Bréfritari: Sigríður Pálsdóttir
Viðtakandi: Páll Pálsson
Dagsetning: A-1841-03-07
Skrifað á: Síðumúla  Mýr.
Páll var bróðir Sigríðar

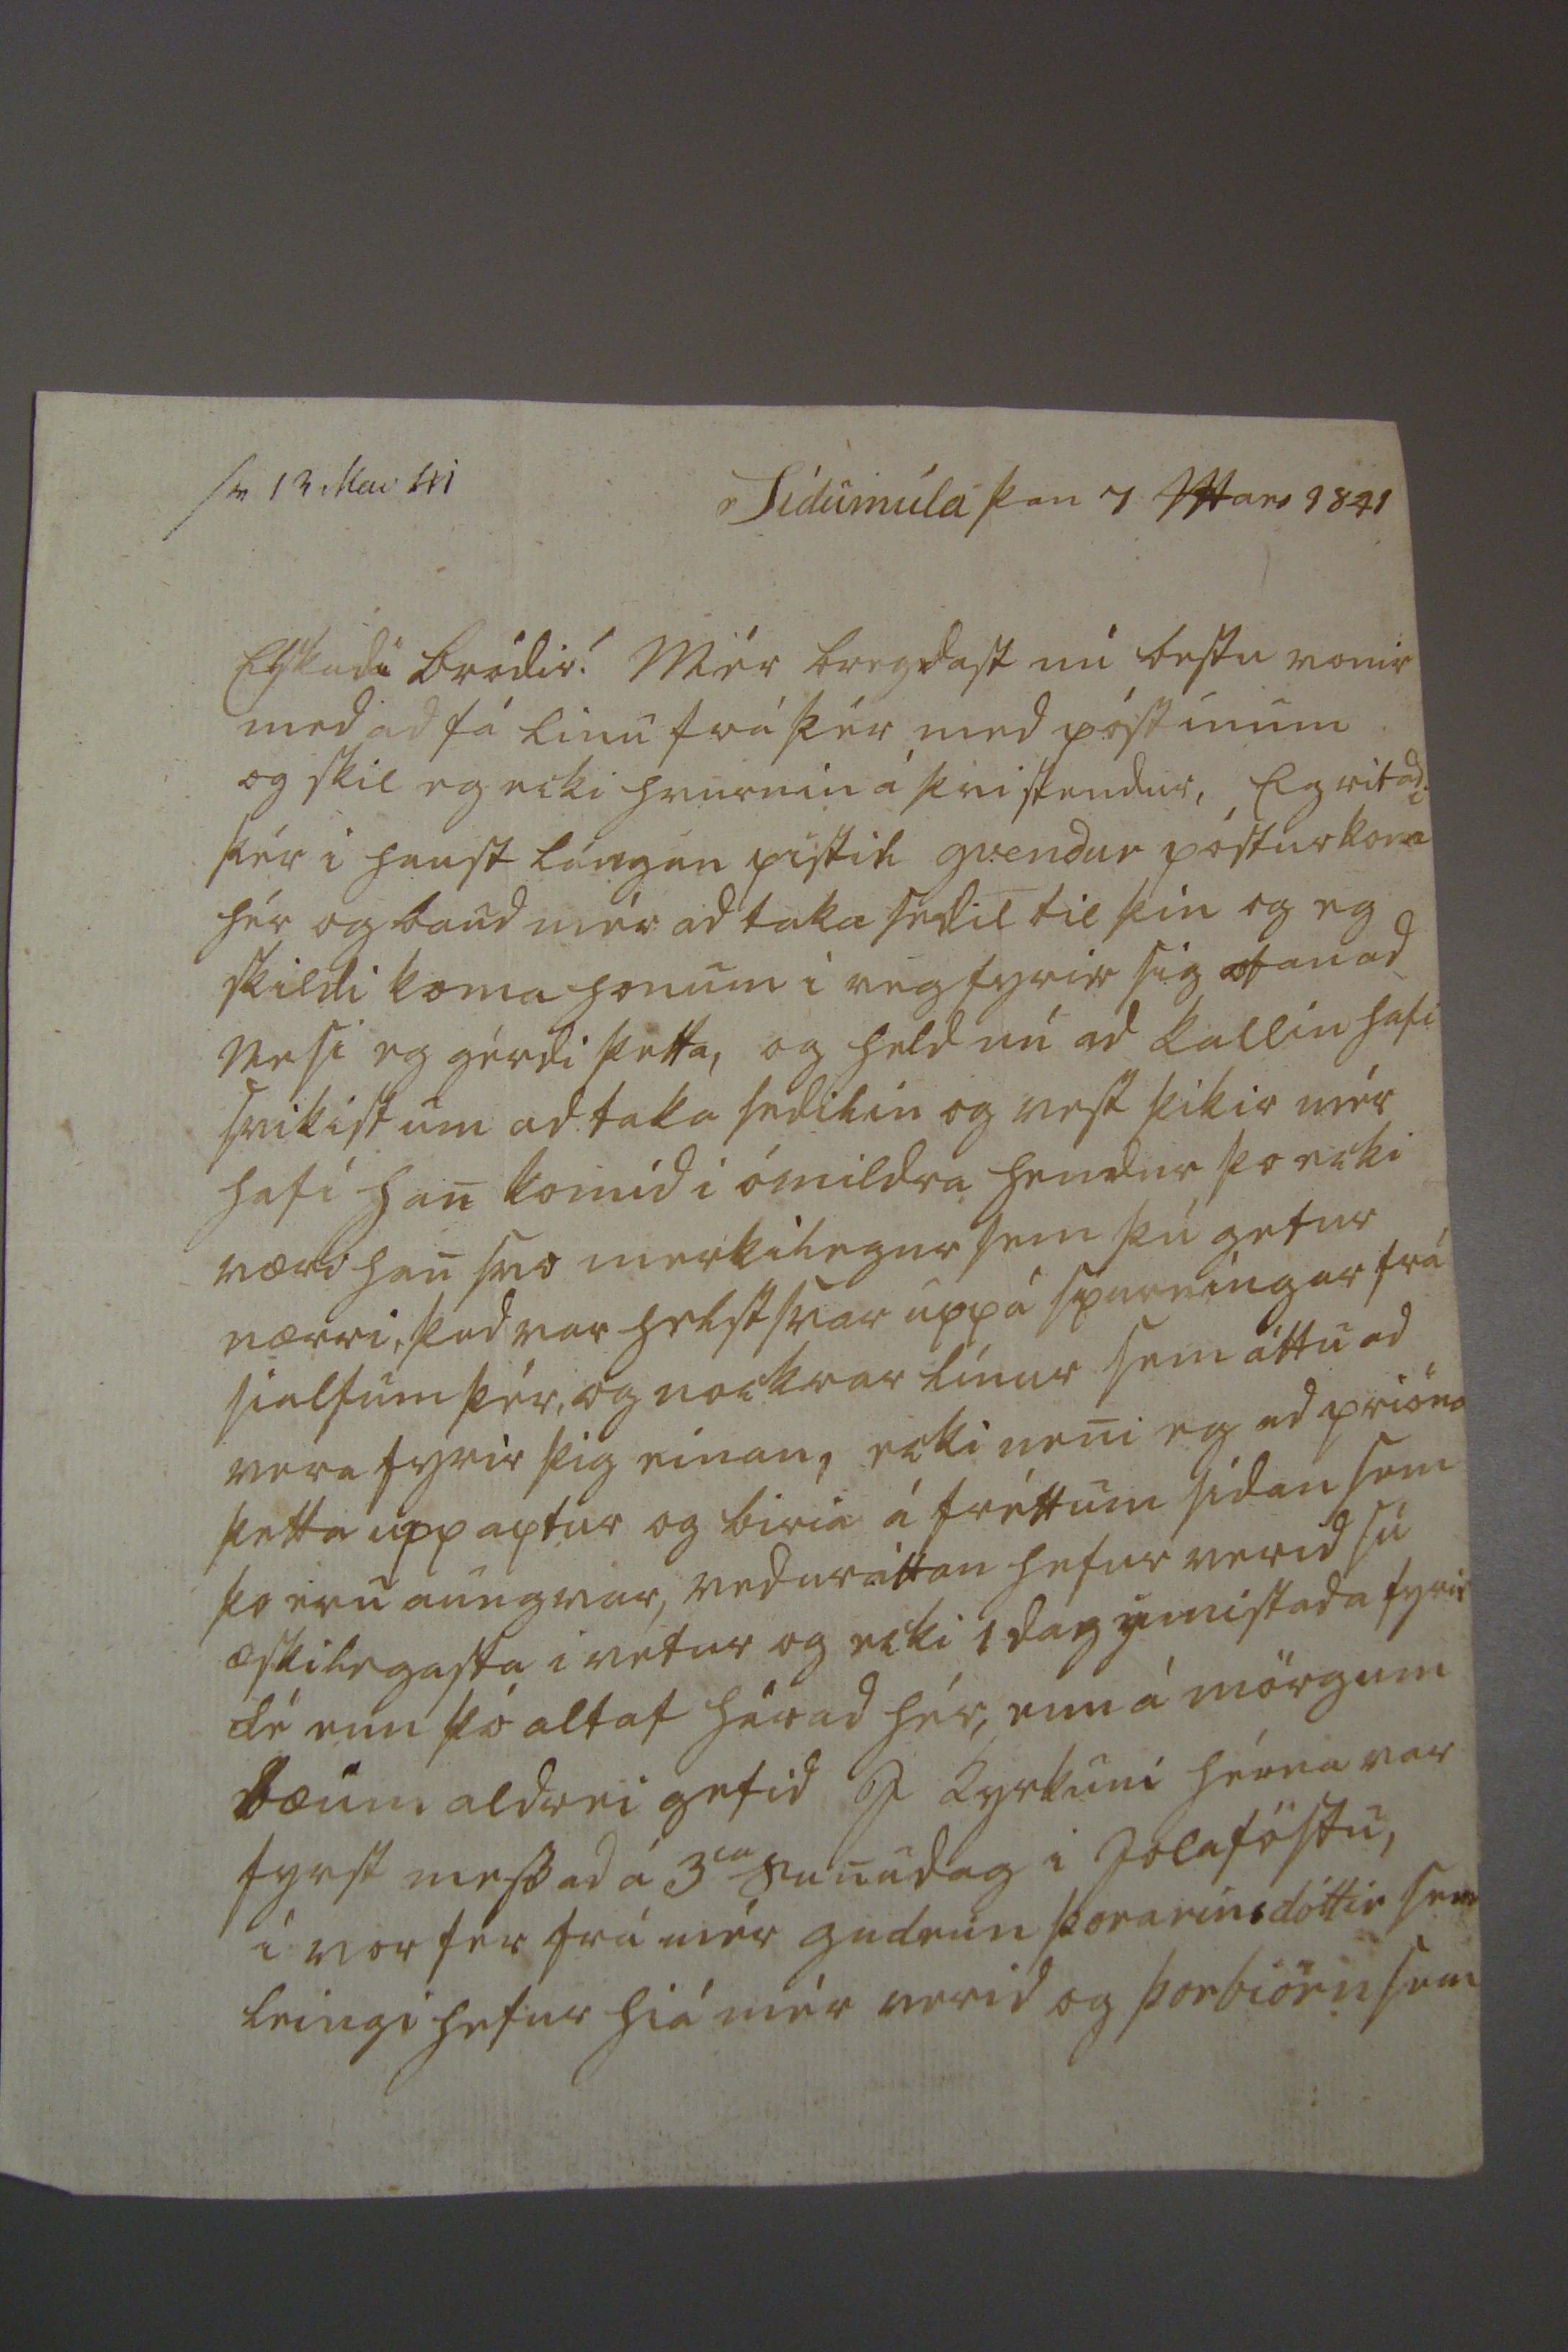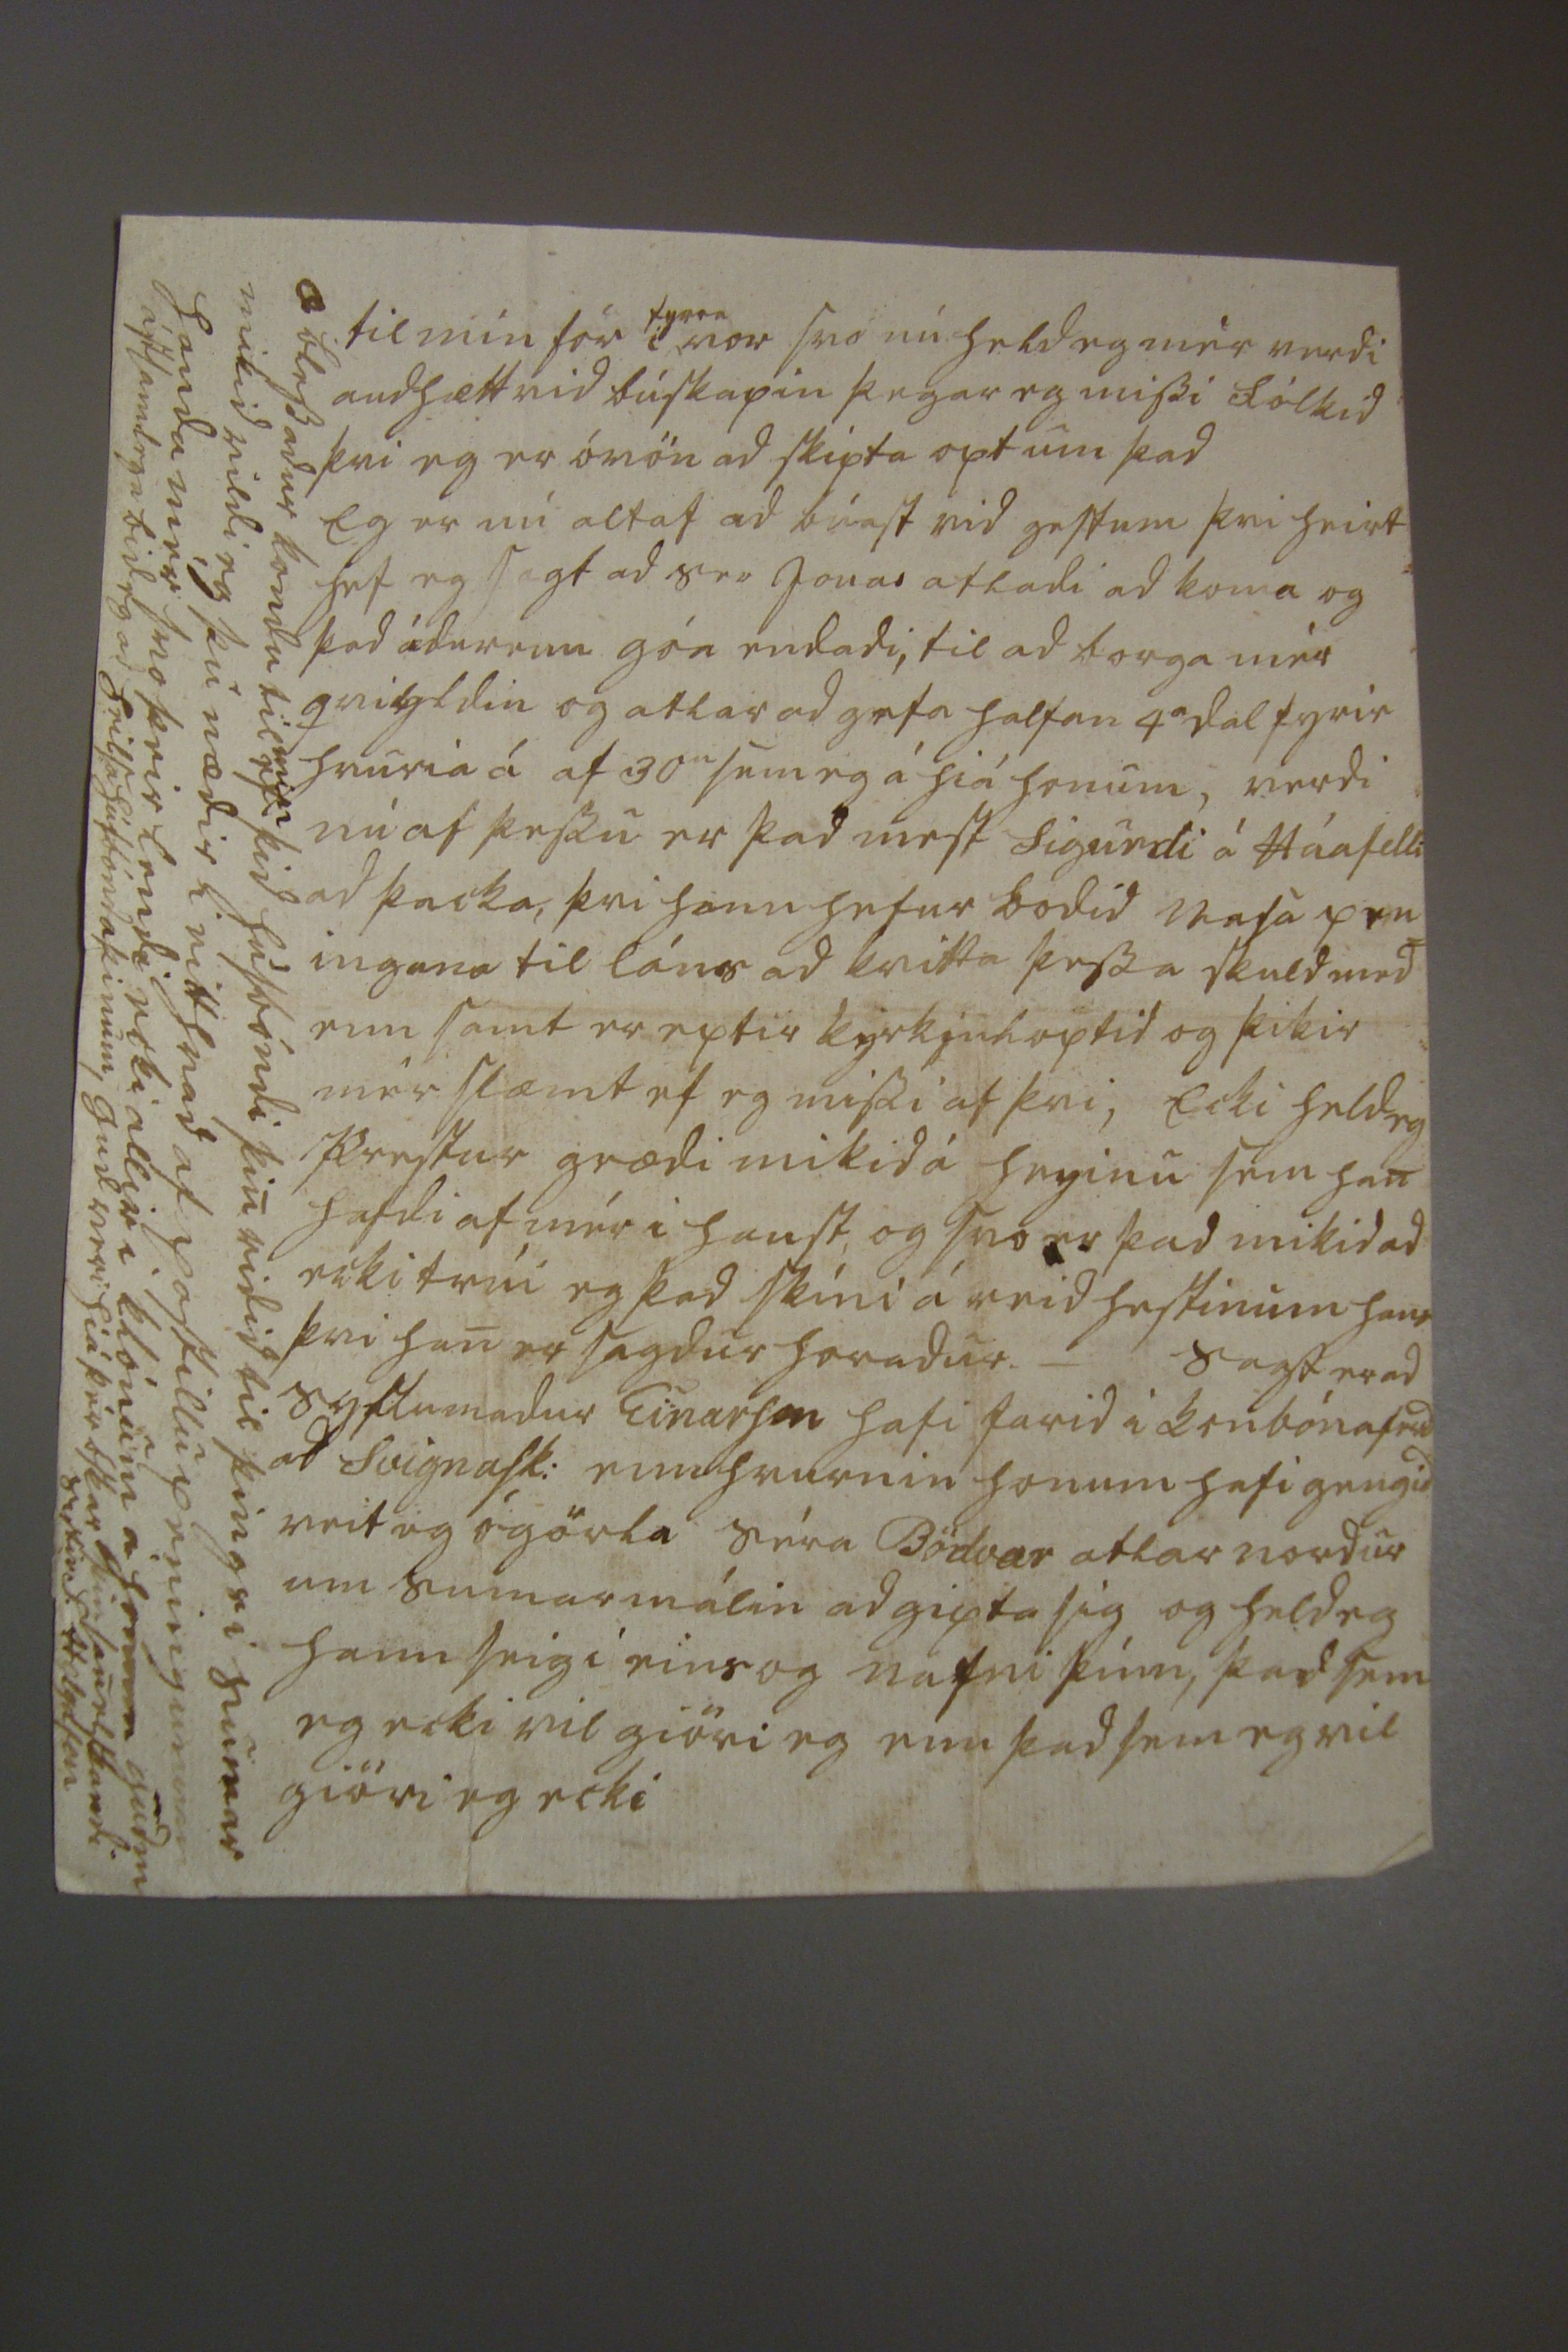

sv 13 Mai 41 Sídumúla þan 7 Mars 1841
Elskadi bródir! Mér bregdast nú bestu vonir med ad fá linu frá þér med póstinum og skil eg ecki hvurnin á þvi stendur, Eg ritadi þér i haust lángan pistil gvendur póstur kom hér og baud mér ad taka sedil til þín og eg skildi koma honum i veg fyrir sig ofan ad Nesi eg gérdi þetta, og held nú ad kallin hafi svikist um ad taka sedilin og vest þikir mér hafi han komid i ómildra hendur þo ecki væri han svo merkilegur sem þú getur nærri, þad var helst svar upp á spurningar frá sialfum þér, og nockrar línur sem áttu ad vera fyrir þig einan, ecki neni eg ad prióna þetta upp aptur og biria á fréttum sídan sem þo eru aungvar, veduráttan hefur verid sú æskilegasta i vetur og ecki 1 dag
ýmistada
fyrir fé enn þó altaf
hérad
hér, enn á mörgum bæum aldrei gefid I kyrkuni hérna var fyrst messad á 3
ia
Sunudag i Jolaföstu, i vor fer frá mér gudrún þorarinsdóttir sem leingi hefur hiá mér verid og þorbiörn sem
til mín fór i
fyrra
vor svo nú held eg mér verdi audhætt vid búskapin þegar eg missi fólkid þvi eg er óvön ad skipta opt um þad Eg er nú altaf ad búast vid gestum þvi heirt hef eg sagt ad S
ra
Jonas atladi ad koma og þad ádur enn góa endadi, til ad borga mér
qvigldin
og atlar ad gefa haltan 4
a
dal fyrir hvuria á af 30
u
sem eg á hiá honum, verdi nú af þessu er þad mest Sigurdi á Háafelli ad þacka, þvi hann hefur bodid vasa pen= ingana til láns ad kvitta þessa skuld med enn samt er eptir
kyrkjuloptid
og þikir mér slæmt ef eg missi af þvi, Ecki held eg prestur grædi mikid á heyinu sem han hafdi af mér i haust, og svo er þad mikid ad ecki trúi eg þad skíni á reid hestinum hans þvi han er sagdur horadur. _ Sagt er ad syslumadur Einarson hafi farid i
ken
bónaferd ad Svignask: enn hvurnin honum hafi gengid veit eg ógörla Séra Bödvar atlar nordur um sumarmálin ad gipta sig og held eg hann seigi eins og nafni þinn, þad sem eg ecki vil giöri eg enn þad sem eg vil giöri eg ecki
Æ blessadur kondu til
min
ef þid húsbóndi þin ridid til þings i sumar mikid vildi eg þú nædir i eitthvad af postillu peningunum handa mér svo þeir lendi ecki allir i klónum á honum gudm ástsamlega bid eg ad heilsa húsbónda þinum, gud veri hiá þér óskar þin sanelskandi systir S. Helgason